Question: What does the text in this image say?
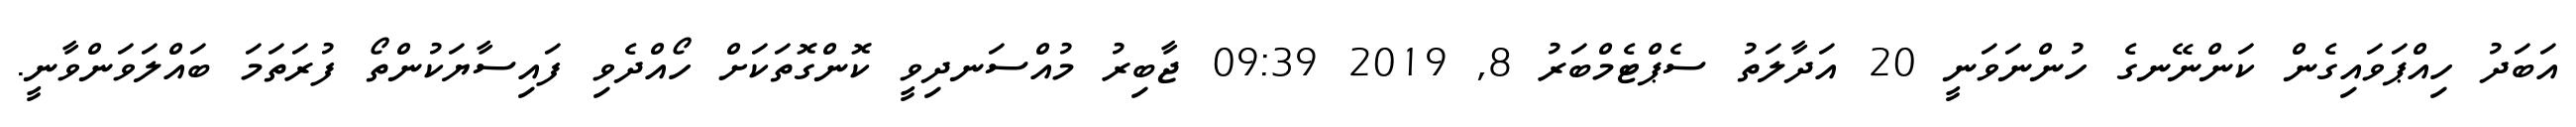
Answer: އަބަދު ހިއްޕަވައިގެން ކަންނޭނގެ ހުންނަވަނީ 20 އަދާލަތު ސެޕްޓެމްބަރު 8, 2019 09:39 ޖާބިރު މުއްސަނދިވީ ކޮންގޮތަކަށް ހޯއްދެވި ފައިސާޔަކުންތޯ ފުރަތަމަ ބައްލަވަންވާނީ.